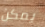
يمكن